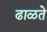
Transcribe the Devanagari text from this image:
ढाळते